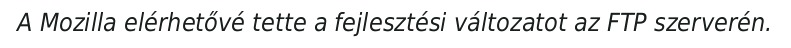
A Mozilla elérhetővé tette a fejlesztési változatot az FTP szerverén.